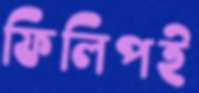
ফিলিপই